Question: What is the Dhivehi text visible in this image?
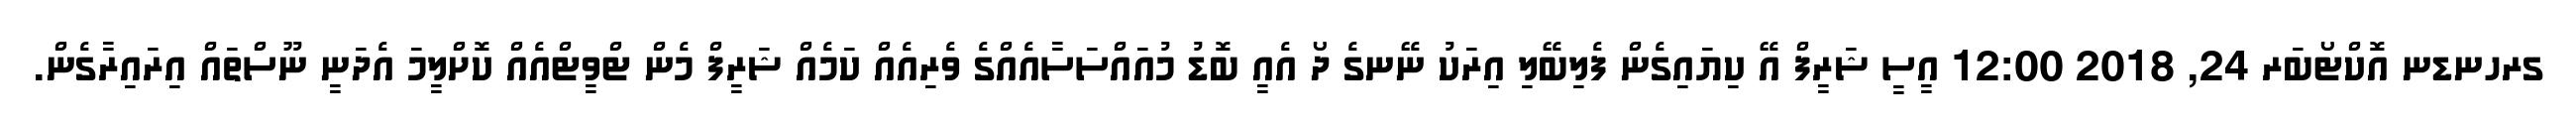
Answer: ގރހނޑނ އޮކްޓޯބަރ 24, 2018 12:00 އީސީ ޝަރީފް އޭ ކިޔައިގެން ފެލިބޭލި އިރަކު ނޭނގެ ދޯ އެއީ ބޮޑު މުއައްސަސާއެއްގެ ވެރިއެއް ކަމެއް ޝަރީފް މެން ޓްވީޓްއެއް ކޮށްލީމަ އެދަނީ ނޫސްތައް އިރައިރާގެން.